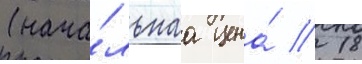
(нача́льнаа цена́  18